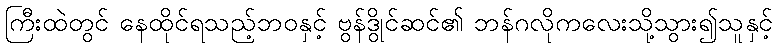
ကြီးထဲတွင် နေထိုင်ရသည့်ဘဝနှင့် ဗွန်ဒွိုင်ဆင်၏ ဘန်ဂလိုကလေးသို့သွား၍သူနှင့်